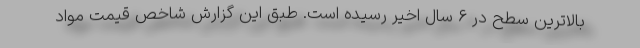
بالاترین سطح در ۶ سال اخیر رسیده است. طبق این گزارش شاخص قیمت مواد